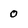
Character: 0